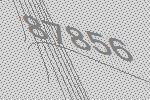
87856